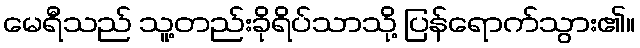
မေရီသည် သူ့တည်းခိုရိပ်သာသို့ ပြန်ရောက်သွား၏။